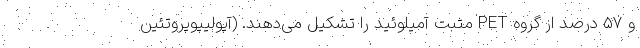
و ۵۷ درصد از گروه PET مثبت آمیلوئید را تشکیل می‌دهند. (آپولیپوپروتئین